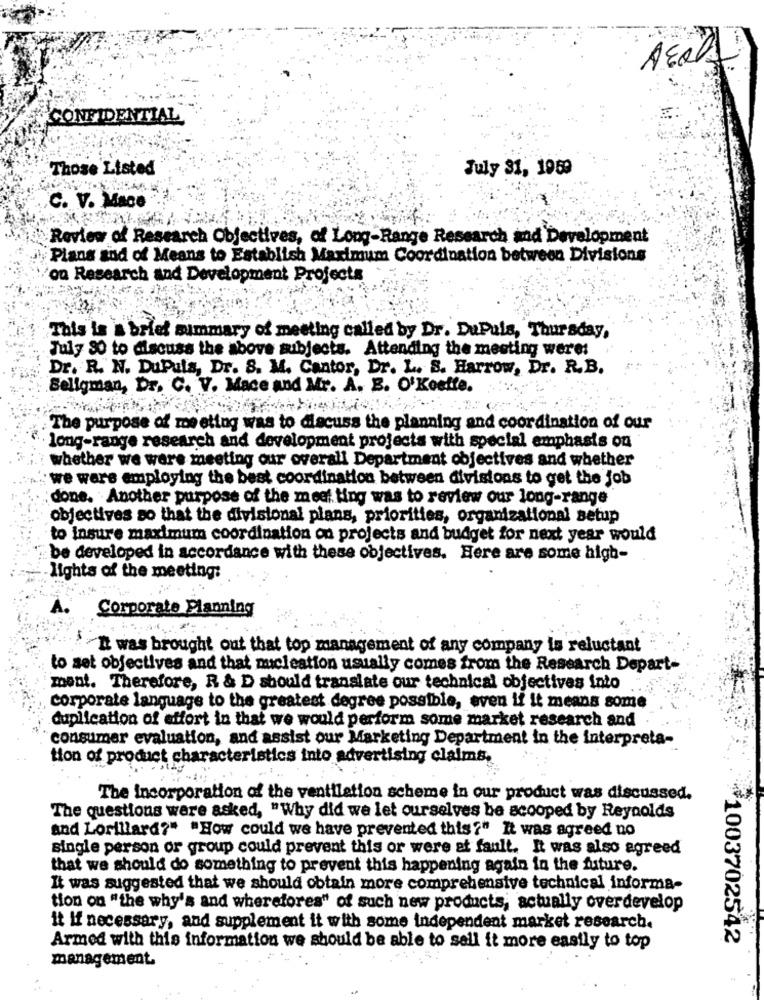
CONFIDENTIAL
Those Listed
July 31, 1959
C. V. Mace
Review of Research Objectives, of Long-Range Research and Development
Plans and of Means to Establish Maximum Coordination between Divisions
on Research and Development Projects
This is a brief summary of meeting called by Dr. DuPuis, Thursday,
July 30 to discuss the above subjects. Attending the meeting were:
Dr. R. N. DuPula, Dr. S. M. Cantor, Dr. L. S. Harrow, Dr. R.B.
Seligman, Dr. C. V. Mace and Mr. A. B. O'Koelle.
The purpose of meeting was to discuss the planning and coordination of our
long-range research and development projects with special emphasis on
whether we were meeting our overall Department objectives and whether
we wers employing the best coordination between divisions to get the job
done. Another purpose of the meet ting was to review our long-range
objectives so that the divisional plans, priorities, organizational setup
to insure maximum coordination on projects and budget for next year would
be developed in accordance with these objectives. Here are some high-
lights of the meeting:
Corporate Planning
It was brought out that top management of any company is reluctant
to set objectives and that nucleation usually comes from the Research Depart-
ment. Therefore, R & D should translate our technical objectives into
corporate language to the greatest degree possible, even if it means some
duplication of effort in that we would perform some market research and
consumer evaluation, and assist our Marketing Department in the interpreta-
tion of product characteristics into advertising claims,
The Incorporation of the ventilation scheme in our product was discussed.
The questions were asked, "Why did we let ourselves be scooped by Reynolds
and Lorillard?" "How could we have prevented this?" It was agreed no
single person or group could prevent this or were at fault. It was also agreed
that we should do something to prevent this happening again in the future.
It was suggested that we should obtain more comprehensive technical informa-
tion on "the why's and wherefores" of such new products, actually overdevelop
it If necessary, and supplement it with some independent market research.
¥1003702542
Armed with this information we should be able to sell it more easily to top
management.